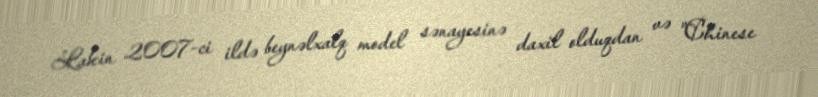
Lakin 2007-ci ildə beynəlxalq model sənayesinə daxil olduqdan və "Chinese